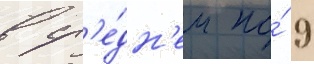
в ср'е́дн'ем по́ 9